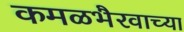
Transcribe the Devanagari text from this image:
कमळभैरवाच्या